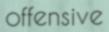
offensive